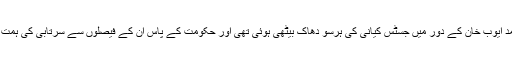
جنرل محمد ایوب خان کے دور میں جسٹس کیانی کی ہرسو دھاک بیٹھی ہوئی تھی اور حکومت کے پاس ان کے فیصلوں سے سرتابی کی ہمت نہیں تھی۔